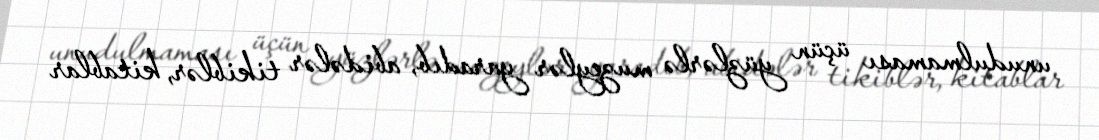
unudulmaması üçün yüzlərlə muzeylər yaradıb, abidələr tikiblər, kitablar